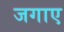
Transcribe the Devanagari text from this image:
जगाए